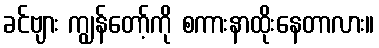
ခင်ဗျား ကျွန်တော့်ကို စကားနာထိုးနေတာလား။